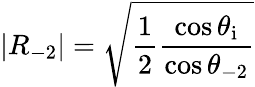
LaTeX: |R_{-2}|=\sqrt{\frac{1}{2}\frac{\cos{\theta_{\mathrm{i}}}}{\cos{\theta_{\mathrm{-2}}}}}